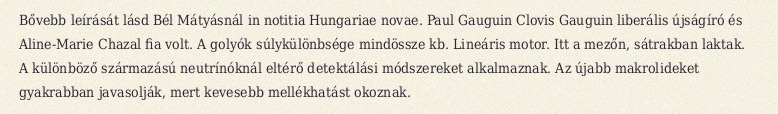
Bővebb leírását lásd Bél Mátyásnál in notitia Hungariae novae. Paul Gauguin Clovis Gauguin liberális újságíró és Aline-Marie Chazal fia volt. A golyók súlykülönbsége mindössze kb. Lineáris motor. Itt a mezőn, sátrakban laktak. A különböző származású neutrínóknál eltérő detektálási módszereket alkalmaznak. Az újabb makrolideket gyakrabban javasolják, mert kevesebb mellékhatást okoznak.